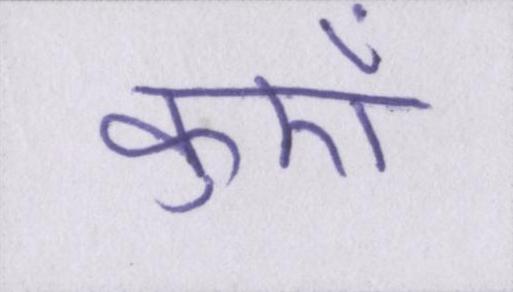
कुएँ